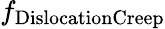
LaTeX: f_{\mathrm{DislocationCreep}}